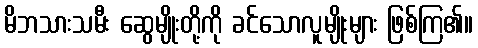
မိဘသားသမီး ဆွေမျိုးတို့ကို ခင်သောလူမျိုးများ ဖြစ်ကြ၏။